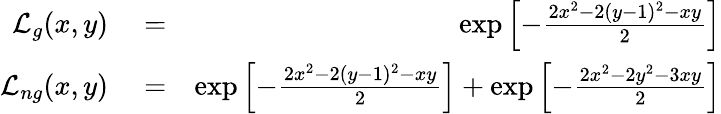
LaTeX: \begin{array}{rlr}{{\cal L}_{g}(x,y)}&{{}=}&{\exp\left[-\frac{2x^{2}-2(y-1)^{2}-xy}{2}\right]}\\ {{\cal L}_{ng}(x,y)}&{{}=}&{\exp\left[-\frac{2x^{2}-2(y-1)^{2}-xy}{2}\right]+\exp\left[-\frac{2x^{2}-2y^{2}-3xy}{2}\right]}\end{array}